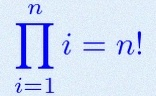
\prod_{i=1}^{n}i=n!